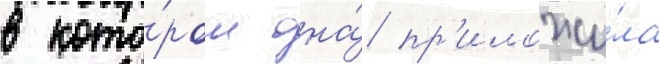
в кото́ром она́ пр'иложи́ла